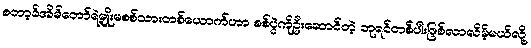
စတာ့ခ်အိမ်တော်ရဲ့မျိုးမစစ်သားတစ်ယောက်ဟာ စစ်ပွဲကိုဦးဆောင်တဲ့ ဘုရင်တစ်ပါးဖြစ်လာလိမ့်မယ်လို့